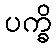
ပက္ခိ